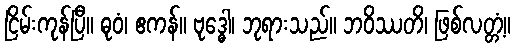
ငြိမ်းကုန်ပြီ။ ဓုဝံ၊ ဧကန်။ ဗုဒ္ဓေါ၊ ဘုရားသည်။ ဘဝိဿတိ၊ ဖြစ်လတ္တံ့။